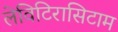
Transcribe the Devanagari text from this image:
लेविटिरासिटाम